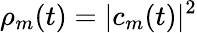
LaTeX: \rho_{m}(t)=|c_{m}(t)|^{2}